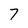
Character: 7